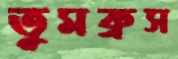
তুমব্রুস